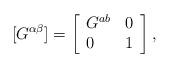
LaTeX: \begin{align*}[G^{\alpha \beta}] = \left[ \begin{array}{lr} G^{ab} & 0 \\0 & 1 \end{array} \right],\end{align*}